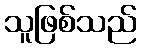
သူဖြစ်သည်